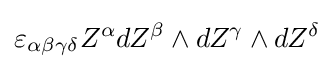
\varepsilon _{\alpha \beta \gamma \delta }Z^{\alpha }dZ^{\beta }\wedge dZ^{\gamma }\wedge dZ^{\delta }